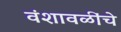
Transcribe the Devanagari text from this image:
वंशावळींचे